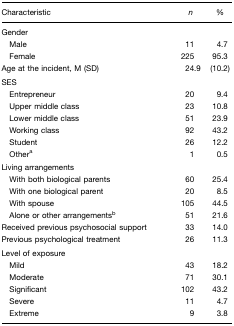
| Characteristic | n | % |
 | --- | --- | --- |
 | <COLSPAN=3> Gender |
 | Male | 11 | 4.7 |
 | Female | 225 | 95.3 |
 | Age at the incident, M (SD) | 24.9 | (10.2) |
 | <COLSPAN=3> SES |
 | Entrepreneur | 20 | 9.4 |
 | Upper middle class | 23 | 10.8 |
 | Lower middle class | 51 | 23.9 |
 | Working class | 92 | 43.2 |
 | Student | 26 | 12.2 |
 | Othera | 1 | 0.5 |
 | <COLSPAN=3> Living arrangements |
 | With both biological parents | 60 | 25.4 |
 | With one biological parent | 20 | 8.5 |
 | With spouse | 105 | 44.5 |
 | Alone or other arrangementsb | 51 | 21.6 |
 | Received previous psychosocial support | 33 | 14.0 |
 | Previous psychological treatment | 26 | 11.3 |
 | <COLSPAN=3> Level of exposure |
 | Mild | 43 | 18.2 |
 | Moderate | 71 | 30.1 |
 | Significant | 102 | 43.2 |
 | Severe | 11 | 4.7 |
 | Extreme | 9 | 3.8 |